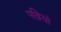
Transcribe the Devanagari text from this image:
पढ़ियो